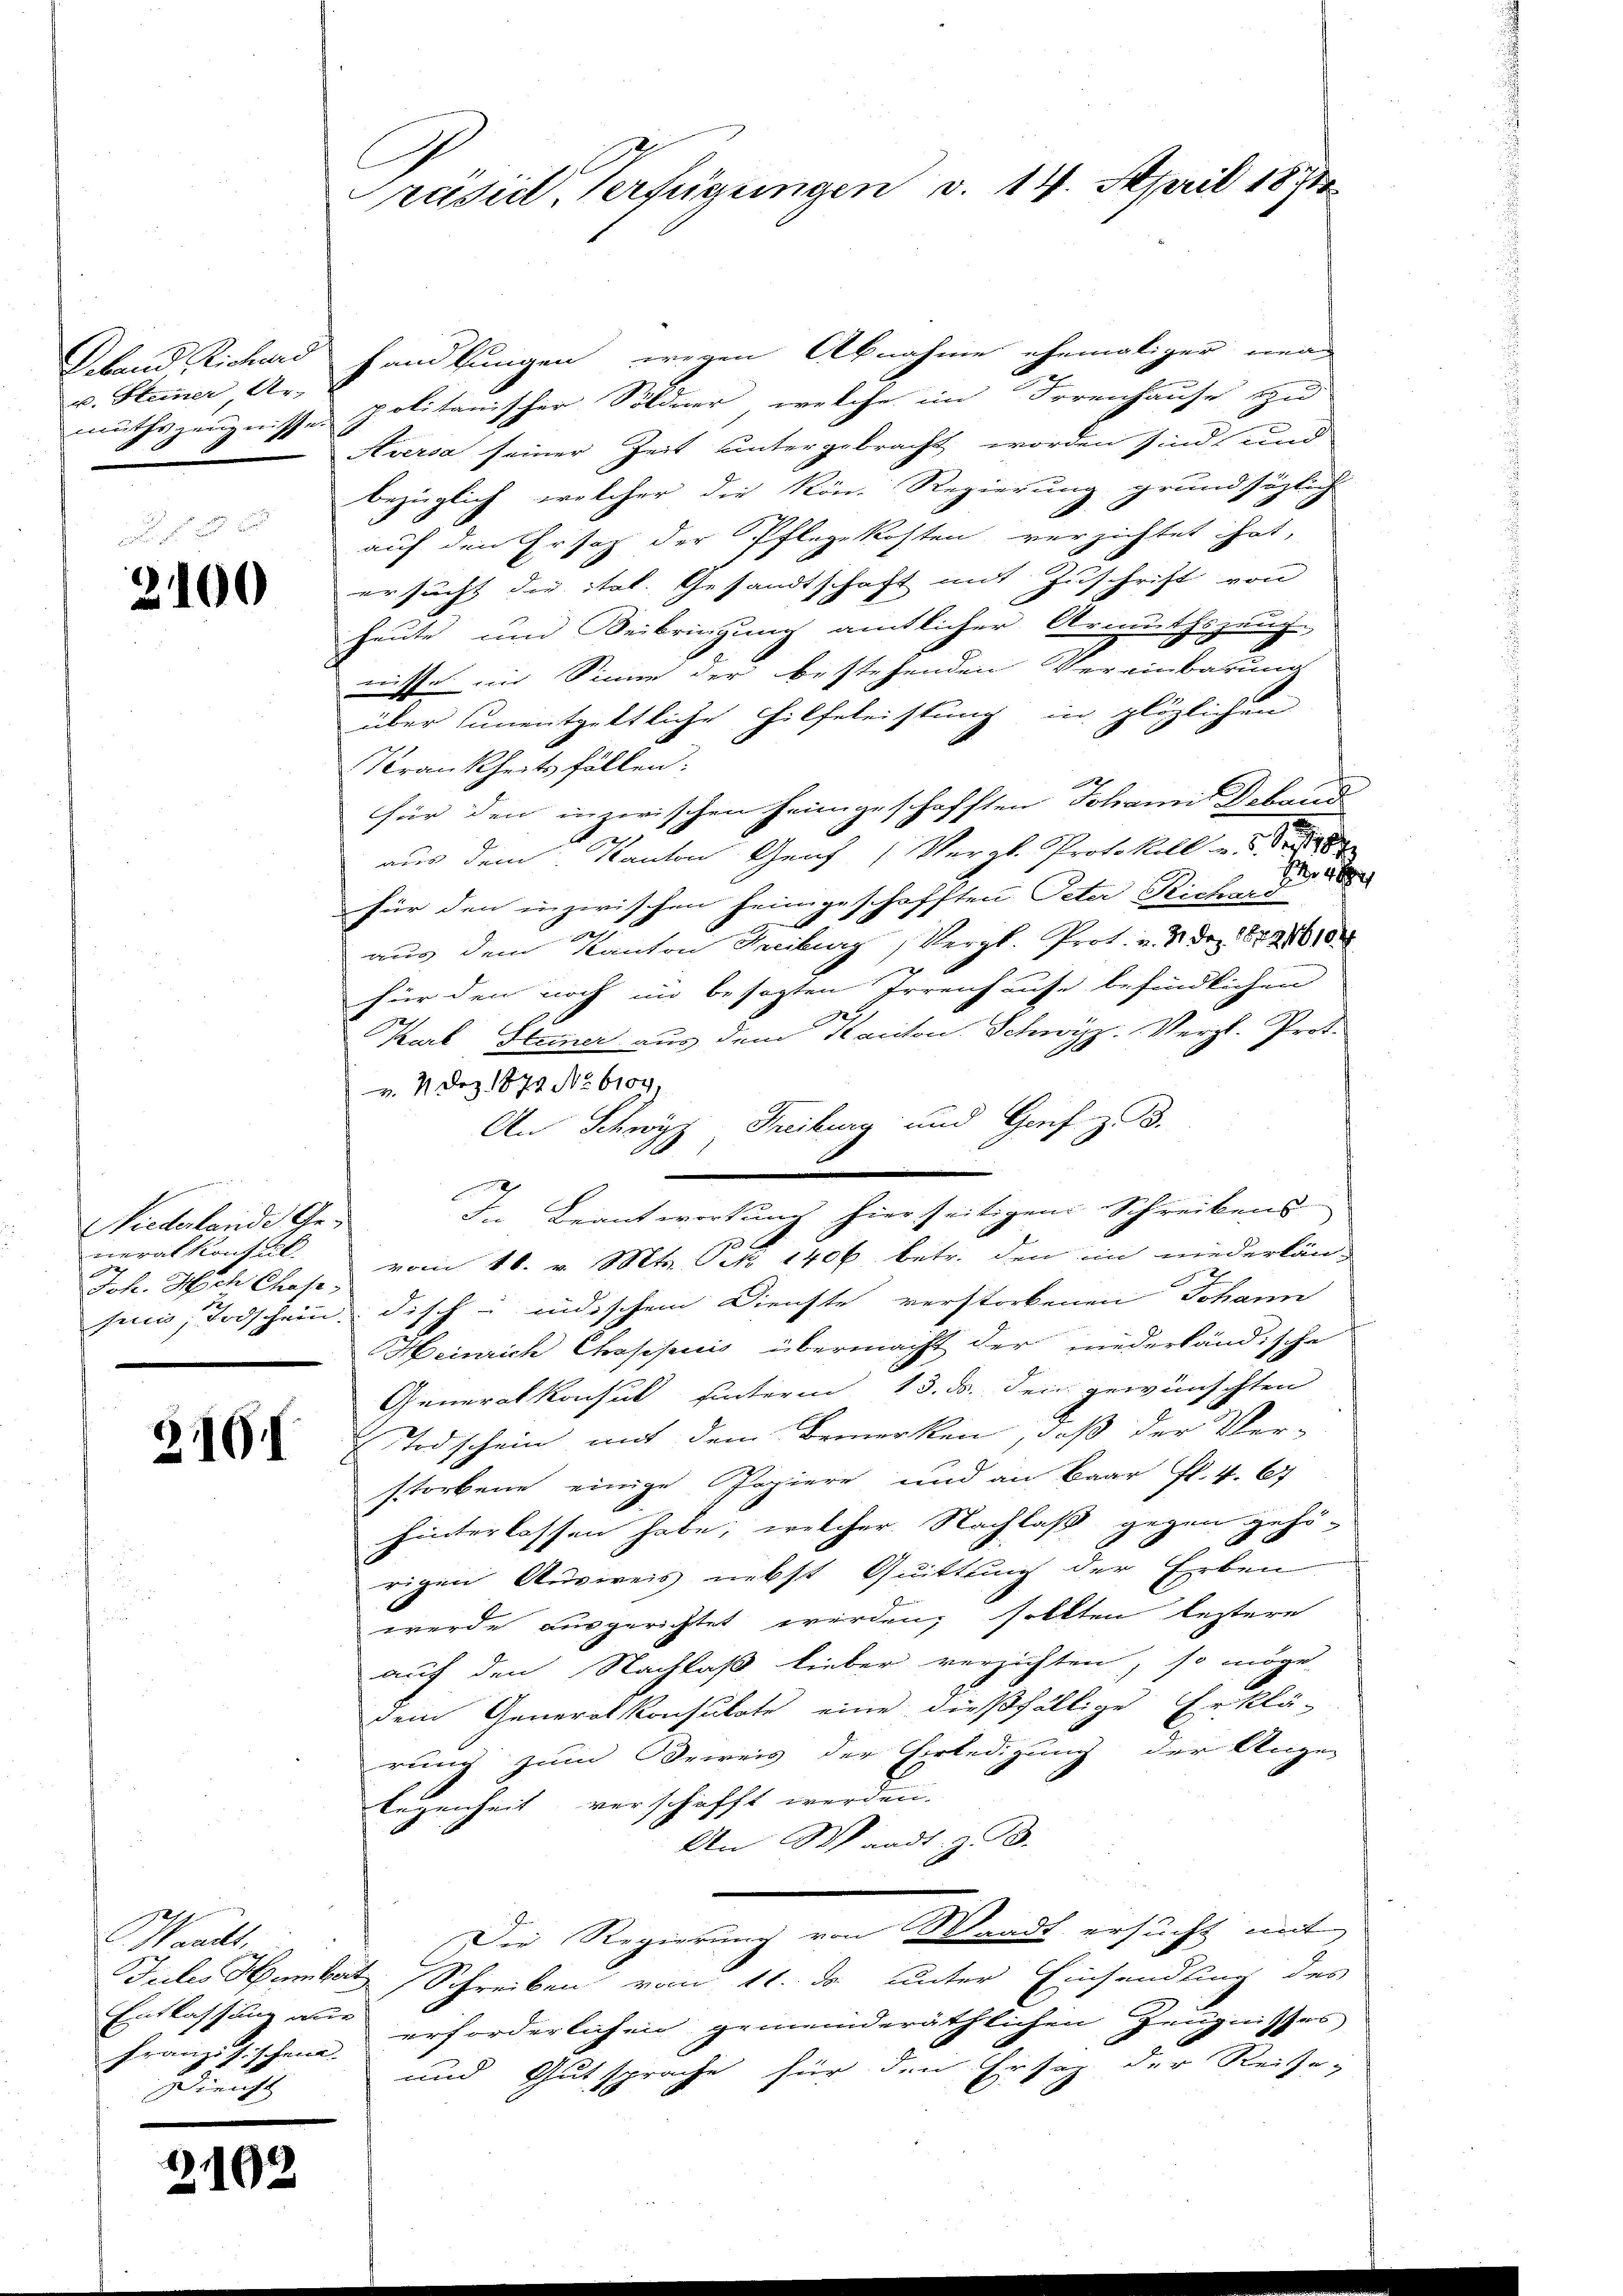
u. Steiner Ar-

2100

Niederlande Gemeralkonfall
Joh. Mich Chase

2101

Waadt,
Entlassung ane
Dienst

21092

Präsidl, Verfügungen v. 14. April 1871

Deband Richard handlungen, wegen Abnahme ehemaliger nea
müthszeugnisses politanischer Söldner, welche im Irrenhause zu
Aversa seiner Zeit untergebracht worden sind, und
bezüglich, welcher die Rön. Regierung grundsätzlich
F
auf den Ersatz der Pflegekosten verzichtet hat,
ersucht die ital. Gesandtschaft mit Zuschrift von
heute und Beibringung amtlicher Armuthszeug-
nisse im Sinne der bestehenden Vereinbarung
über unentgeltliche Hilfeleistung in plözlichen
Krankheits fällen:
für den inzwischen heimgeschafften Johann Deband
aus dem Kanton Genf (Vergl. Protokoll a.

für den inzwischen heimgeschafften Peter Richard

aus dem Kanton Freiburg, Vergl. Prot. v. M. Dez. 1872610
z
für den noch in besagten Irrenhause befindlichen
2
Karl Steiner aus dem Kanton Schwyz, Vergl. Prot.
v. 4. Dez. 1872 No 6109)
An Schwyz, Freiburg und Genf z. B.
x
I. Beantwortung hierseitigem Schreibens
vom 18. v. Mts. Art. 1406 betr. den im niederlän-
sein, Todschein disch indischem Dienste verstorbenen Johann
Heinrich Phospicis übermacht der niederländische
Generalkonsul hinterm 13. ds. den gewünschten
Todschein mit dem Bemerken, daß der Ver-
storbene einige Papiere und an Baar fl. 4. 67
hinterlassen habe, welcher Nachlaß gegen gehö-
rigen Ausweis nebst Quittung der Erben
werde ausgerichtet werden; sollten leztere
auf den Nachlaß lieber verzichten, so möge
dem Generalkonsulate eine dießfällige Erklä-
rung zum Beweis der Erledigung der Augen
legenheit verschafft werden.
An Waadt, z. B.
Die Regierung von Waadt ersucht mit
Tales damber Schreiben vom 11. ds. unter Einsendung des
französischen erforderlichen gemeinderäthlichen Zeŭgnisses
und Gut sprache für den Ersatz der Reise-